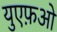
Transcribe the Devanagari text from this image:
युएफ़ओ